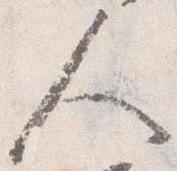
人